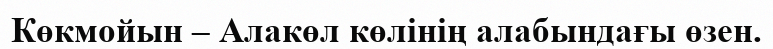
Көкмойын – Алакөл көлінің алабындағы өзен.